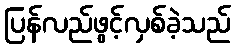
ပြန်လည်ဖွင့်လှစ်ခဲ့သည်